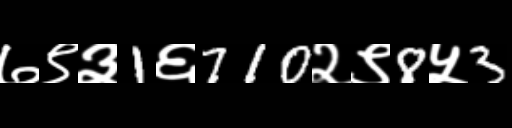
Text: ७९३1६710२९8५3